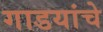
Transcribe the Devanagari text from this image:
गाडयांचे